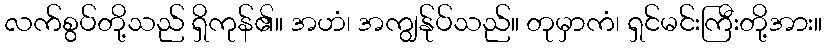
လက်စွပ်တို့သည် ရှိကုန်၏။ အဟံ၊ အကျွန်ုပ်သည်။ တုမှာကံ၊ ရှင်မင်းကြီးတို့အား။